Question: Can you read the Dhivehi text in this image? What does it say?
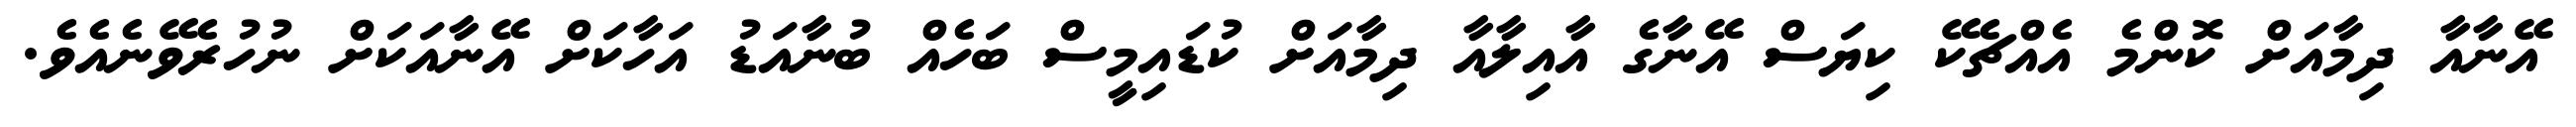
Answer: އޭނާއާ ދިމާއަށް ކޮންމެ އެއްޗެކޭ ކިޔަސް އޭނާގެ އާއިލާއާ ދިމާއަށް ކުޑައިމީސް ބަހެއް ބުނާއަޑު އަހާކަށް އޭނާއަކަށް ނުހުރެވޭނެއެވެ.